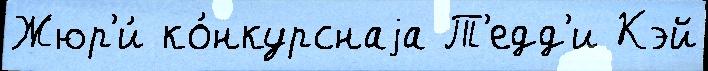
Жюр'и́ ко́нкурснаjа Т'едд'и Кэй